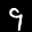
Label: 9